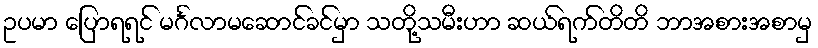
ဥပမာ ပြောရရင် မင်္ဂလာမဆောင်ခင်မှာ သတို့သမီးဟာ ဆယ်ရက်တိတိ ဘာအစားအစာမှ